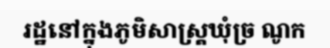
រដ្ឋនៅក្នុងភូមិសាស្ត្រឃុំច្រ ណូក